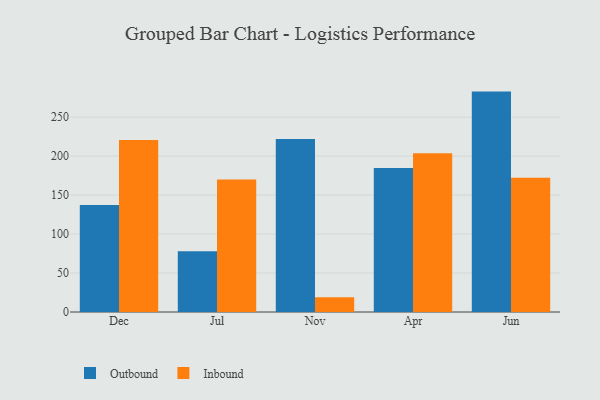
{"axis": {"x": "Month", "y": "Headcount"}, "legend": ["Inbound", "Outbound"], "data": [{"x": "Dec", "y": 137.3, "type": "Outbound"}, {"x": "Dec", "y": 220.8, "type": "Inbound"}, {"x": "Jul", "y": 78.0, "type": "Outbound"}, {"x": "Jul", "y": 169.9, "type": "Inbound"}, {"x": "Nov", "y": 222.0, "type": "Outbound"}, {"x": "Nov", "y": 19.0, "type": "Inbound"}, {"x": "Apr", "y": 184.8, "type": "Outbound"}, {"x": "Apr", "y": 203.6, "type": "Inbound"}, {"x": "Jun", "y": 282.8, "type": "Outbound"}, {"x": "Jun", "y": 172.4, "type": "Inbound"}]}